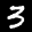
Label: 3